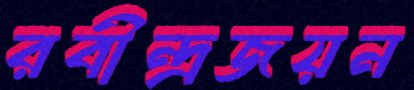
রবীন্দ্রজয়ন